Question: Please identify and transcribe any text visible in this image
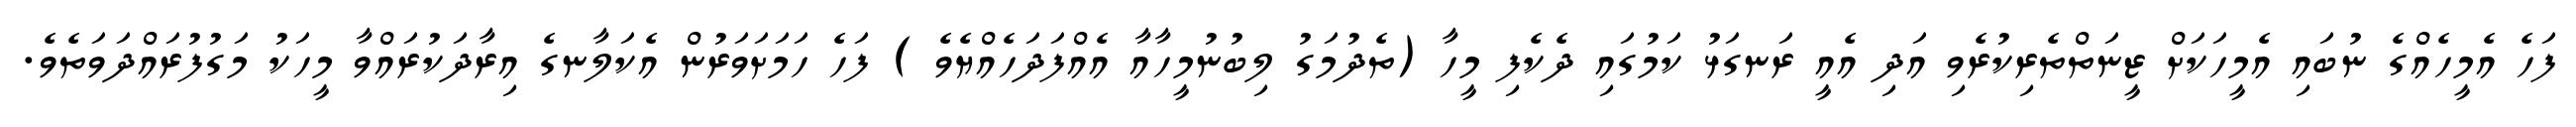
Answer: ފަހެ އެމީހެއްގެ ނުބައި އެމީހަކަށް ޒީނަތްތެރިކުރެވި އަދި އެއީ ރަނގަޅު ކަމުގައި ދެކެފި މީހާ (ތެދުމަގު ލިބުނުމީހާއާ އެއްފަދަހެއްޔެވެ ) ފަހެ ހަމަށަވަރުން އެކަލާނގެ އިރާދަކުރައްވާ މީހަކު މަގުފުރައްދަވަތެވެ.